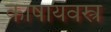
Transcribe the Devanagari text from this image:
काषायवस्त्र